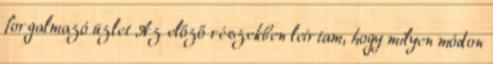
forgalmazó üzlet Az előző részekben leírtam, hogy milyen módon